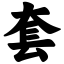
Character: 套